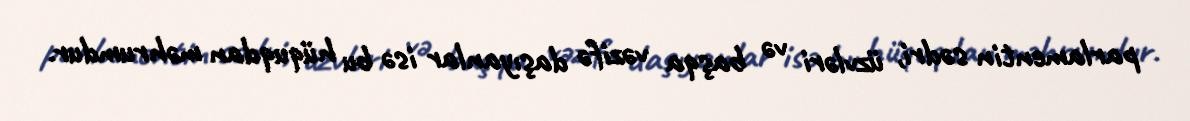
parlamentin sədri, üzvləri və başqa vəzifə daşıyanlar isə bu hüquqdan məhrumdur.